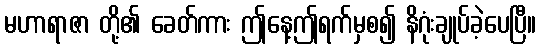
မဟာရာဇာ တို့၏ ခေတ်ကား ဤနေ့ဤရက်မှစ၍ နိဂုံးချုပ်ခဲ့ပေပြီ။